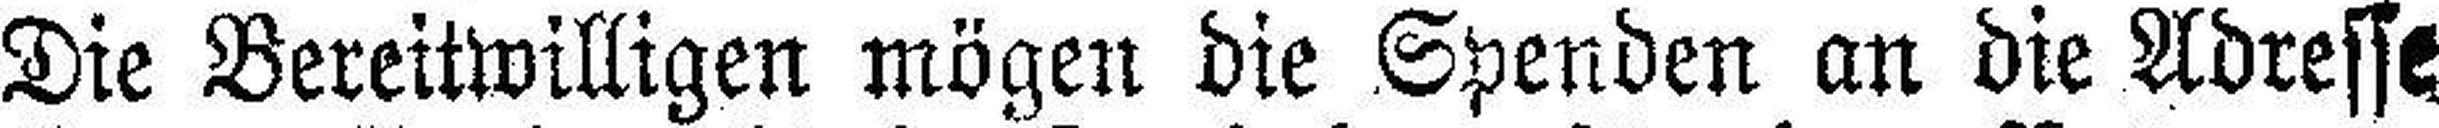
Die Bereitwilligen mögen die Spenden an die Adresse